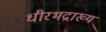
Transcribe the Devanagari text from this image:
धीरभद्राख्य